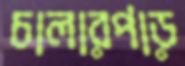
চালারপাড়